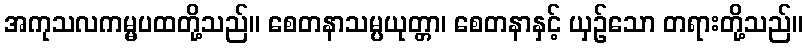
အကုသလကမ္မပထတို့သည်။ စေတနာသမ္ပယုတ္တာ၊ စေတနာနှင့် ယှဉ်သော တရားတို့သည်။